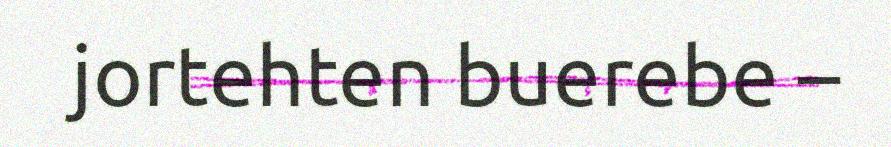
jortehten buerebe –